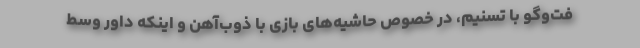
فت‌وگو با تسنیم، در خصوص حاشیه‌های بازی با ذوب‌آهن و اینکه داور وسط